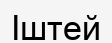
Іштей